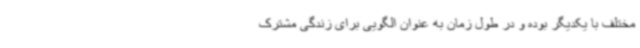
مختلف با یکدیگر بوده و در طول زمان به عنوان الگویی برای زندگی مشترک